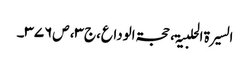
السیرۃ الحلبیۃ، حجۃالوداع،ج۳، ص۳۷۶۔